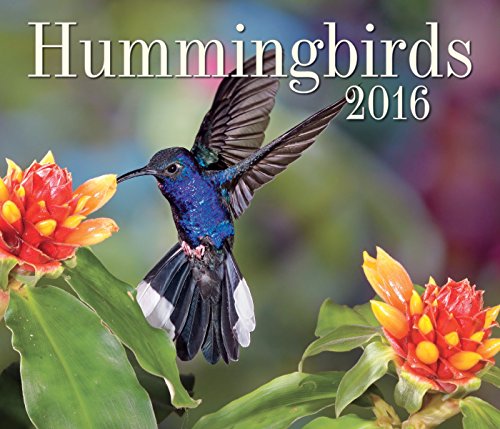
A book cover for Hummingbirds 2016; Firefly Books; Calendars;